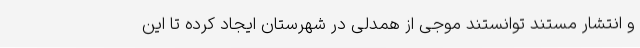
و انتشار مستند توانستند موجی از همدلی در شهرستان ایجاد کرده تا این